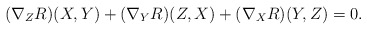
\begin{align*}(\nabla_{Z} R)(X,Y) + (\nabla_{Y} R)(Z,X) + (\nabla_{X} R)(Y,Z) = 0.\end{align*}